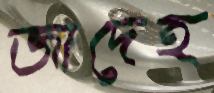
জাদেহ